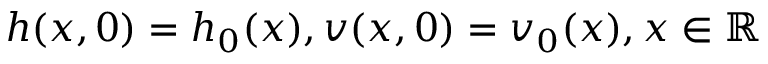
h ( x , 0 ) = h _ { 0 } ( x ) , v ( x , 0 ) = v _ { 0 } ( x ) , x \in \mathbb { R }